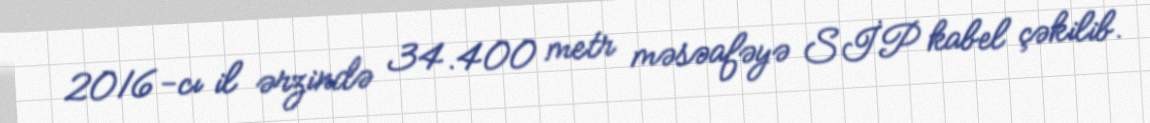
2016-cı il ərzində 34.400 metr məsəafəyə SİP kabel çəkilib.